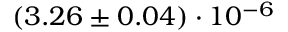
( 3 . 2 6 \pm 0 . 0 4 ) \cdot 1 0 ^ { - 6 }